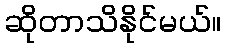
ဆိုတာသိနိုင်မယ်။